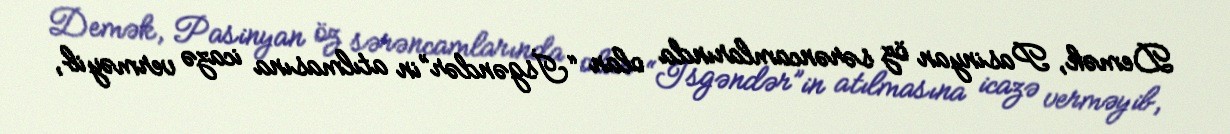
Demək, Pasinyan öz sərəncamlarında olan “İsgəndər”in atılmasına icazə verməyib,